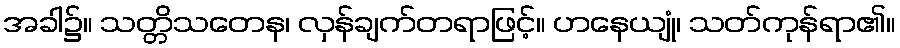
အခါ၌။ သတ္တိသတေန၊ လှန်ချက်တရာဖြင့်။ ဟနေယျုံ၊ သတ်ကုန်ရာ၏။